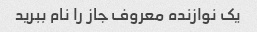
یک نوازنده معروف جاز را نام ببرید